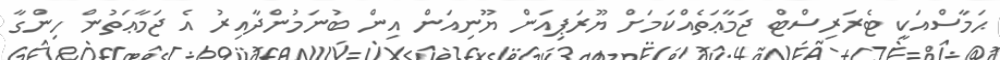
ޙަމާސްއަކީ ޓެރަރިސްޓް ޖަމާޢަތެއްކަމަށް ޔޫރަޕިއަން ޔޫނިއަން އިން ބުނަމުންދާއިރު އެ ޖަމާޢަތުން ހިންގާ